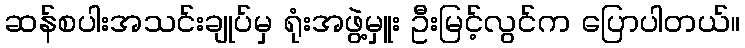
ဆန်စပါးအသင်းချုပ်မှ ရုံးအဖွဲ့မှူး ဦးမြင့်လွင်က ပြောပါတယ်။